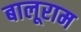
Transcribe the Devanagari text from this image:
बालूराम